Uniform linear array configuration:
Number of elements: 64
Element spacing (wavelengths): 0.25
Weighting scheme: uniform
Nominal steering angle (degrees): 30
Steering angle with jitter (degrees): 31.539
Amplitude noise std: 0.05
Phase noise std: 0.05

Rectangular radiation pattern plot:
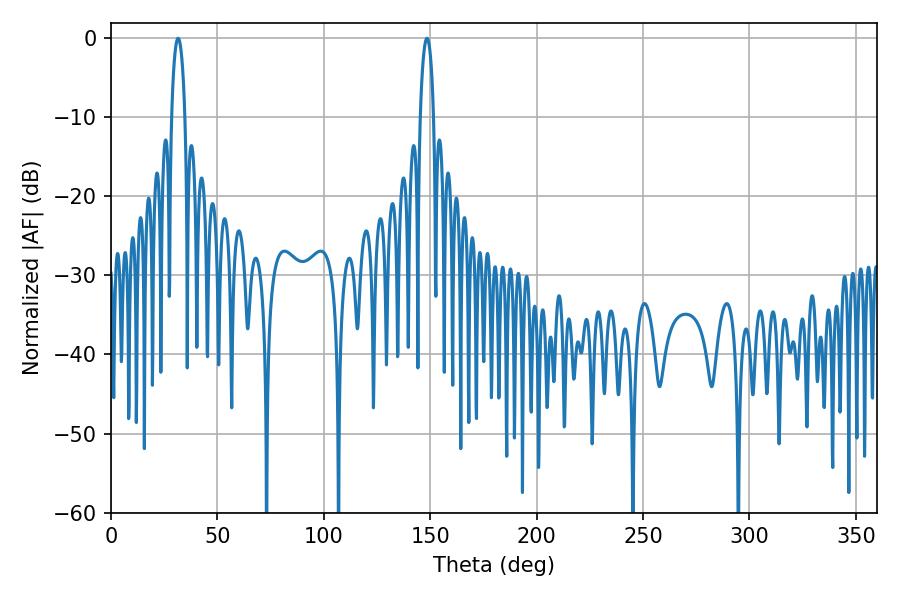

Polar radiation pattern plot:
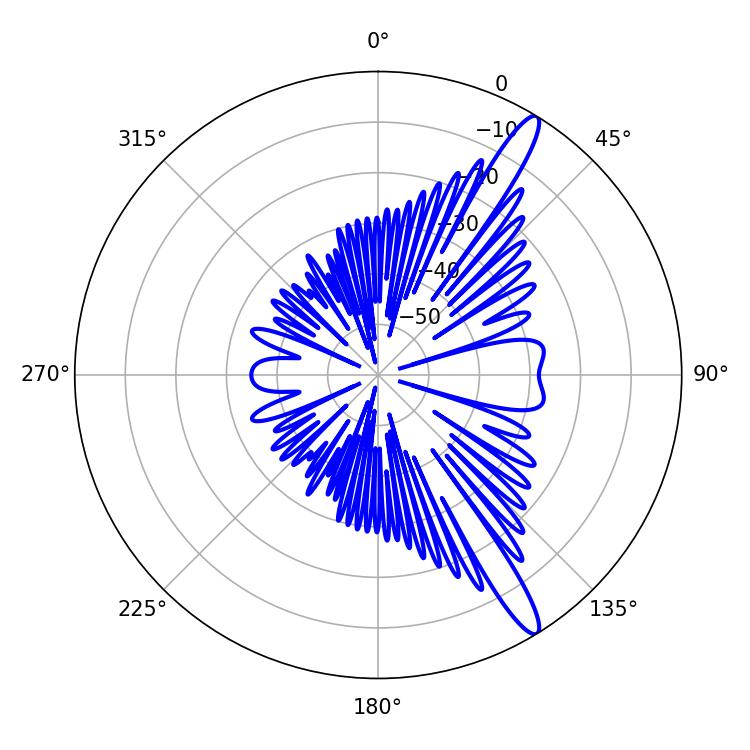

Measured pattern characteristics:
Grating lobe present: FALSE
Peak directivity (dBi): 14.151
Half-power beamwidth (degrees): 3.6
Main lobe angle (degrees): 31.5